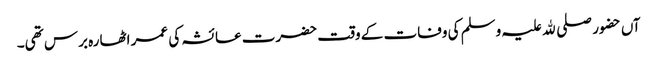
آں حضور صلی ﷲ علیہ وسلم کی وفات کے وقت حضرت عائشہ کی عمر اٹھارہ برس تھی۔